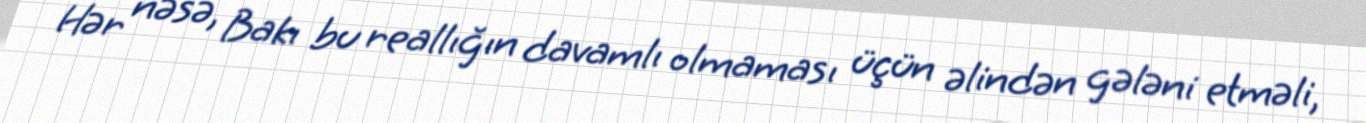
Hər nəsə, Bakı bu reallığın davamlı olmaması üçün əlindən gələni etməli,